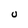
Character: U